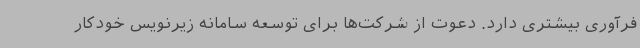
فرآوری بیشتری دارد. دعوت از شرکت‌ها برای توسعه سامانه زیرنویس خودکار